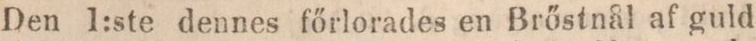
Den 1:ste dennes főrlorades en Brőstnål af guld